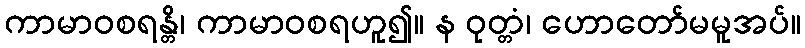
ကာမာဝစရန္တိ၊ ကာမာဝစရဟူ၍။ န ဝုတ္တံ၊ ဟောတော်မမူအပ်။